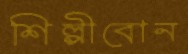
শিল্পীবোন